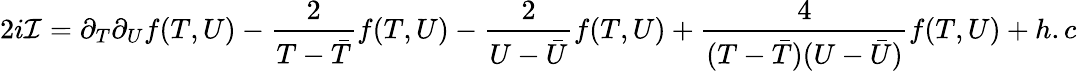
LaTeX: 2i{\cal I}=\partial_{T}\partial_{U}f(T,U)-\frac{2}{T-{\bar{T}}}f(T,U)-\frac{2}{U-{\bar{U}}}f(T,U)+\frac{4}{(T-{\bar{T}})(U-{\bar{U}})}f(T,U)+h.c